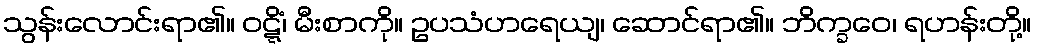
သွန်းလောင်းရာ၏။ ဝဋ္ဋိံ၊ မီးစာကို။ ဥပသံဟရေယျ၊ ဆောင်ရာ၏။ ဘိက္ခဝေ၊ ရဟန်းတို့။